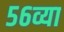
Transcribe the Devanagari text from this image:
५६व्या